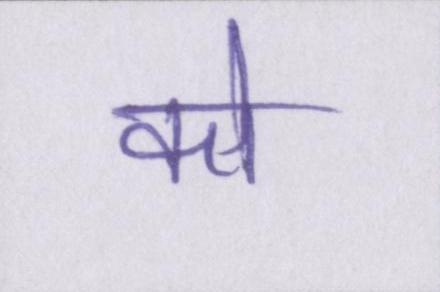
को